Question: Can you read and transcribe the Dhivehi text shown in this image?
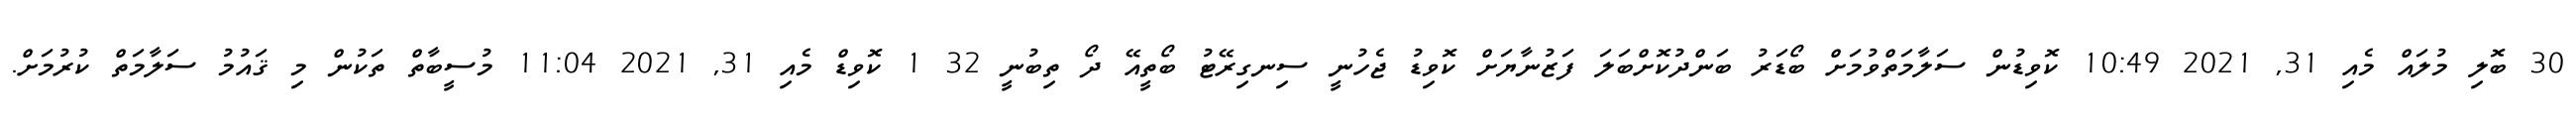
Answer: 30 ބޮލި މުލައް މެއި 31, 2021 10:49 ކޮވިޑުން ސަލާމަތްވުމަށް ބޯޑަރު ބަންދުކޮށްބަލަ ފަޒުނާޔަށް ކޮވިޑު ޖެހުނީ ސިނގިރޭޓު ބޯތީއޭ ދޯ ތިބުނީ 32 1 ކޮވިޑް މެއި 31, 2021 11:04 މުސީބާތް ތަކުން މި ޤައުމު ސަލާމަތް ކުރުމަށް.